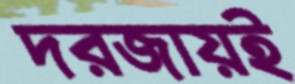
দরজায়ই